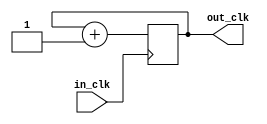

module one_second_couter (
  in_clk,
  out_clk 
);

input             in_clk;
output    [15:0]  out_clk;
reg       [15:0]  out_clk;


always @ (posedge in_clk)
  begin
    out_clk <= out_clk + 1;
  end
endmodule